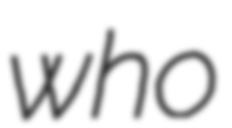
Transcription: who